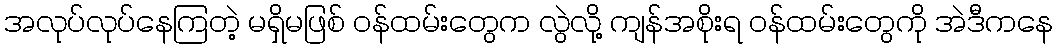
အလုပ်လုပ်နေကြတဲ့ မရှိမဖြစ် ဝန်ထမ်းတွေက လွဲလို့ ကျန်အစိုးရ ဝန်ထမ်းတွေကို အဲဒီကနေ